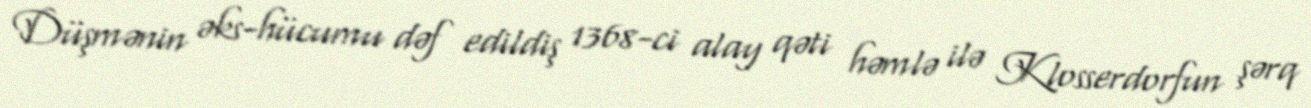
Düşmənin əks-hücumu dəf edildiş 1368-ci alay qəti həmlə ilə Klosserdorfun şərq